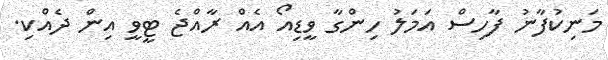
މަނިކުފާނު ފާހިސް އަމަލު ހިންގާ ވީޑިއޯ އެއް ރާއްޖެ ޓީވީ އިން ދެއްކި.